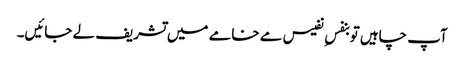
آپ چاہیں تو بنفسِ نفیس مے خامے میں تشریف لے جائیں۔